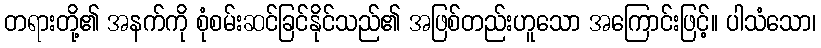
တရားတို့၏ အနက်ကို စုံစမ်းဆင်ခြင်နိုင်သည်၏ အဖြစ်တည်းဟူသော အကြောင်းဖြင့်။ ပါသံသော၊